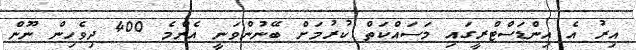
އިރު އެ އިންޑަސްޓްރީގައި މަސައްކަތް ކުރުމަށް ބޭނުންވަނީ އެންމެ 400 ދިވެހިން ނޫން